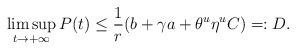
LaTeX: \begin{align*}\limsup_{t\to+\infty} P(t) \leq\frac1r({b+\gamma a +\theta^u\eta^uC})=:D.\end{align*}